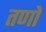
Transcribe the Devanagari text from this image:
तणो